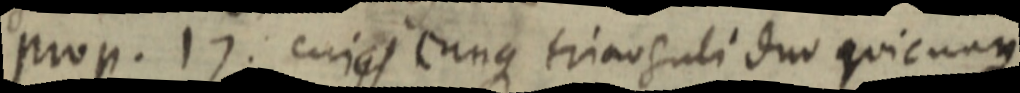
prop. 17. cujus cunque trianguli duo quicunque